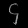
Digit: ၄